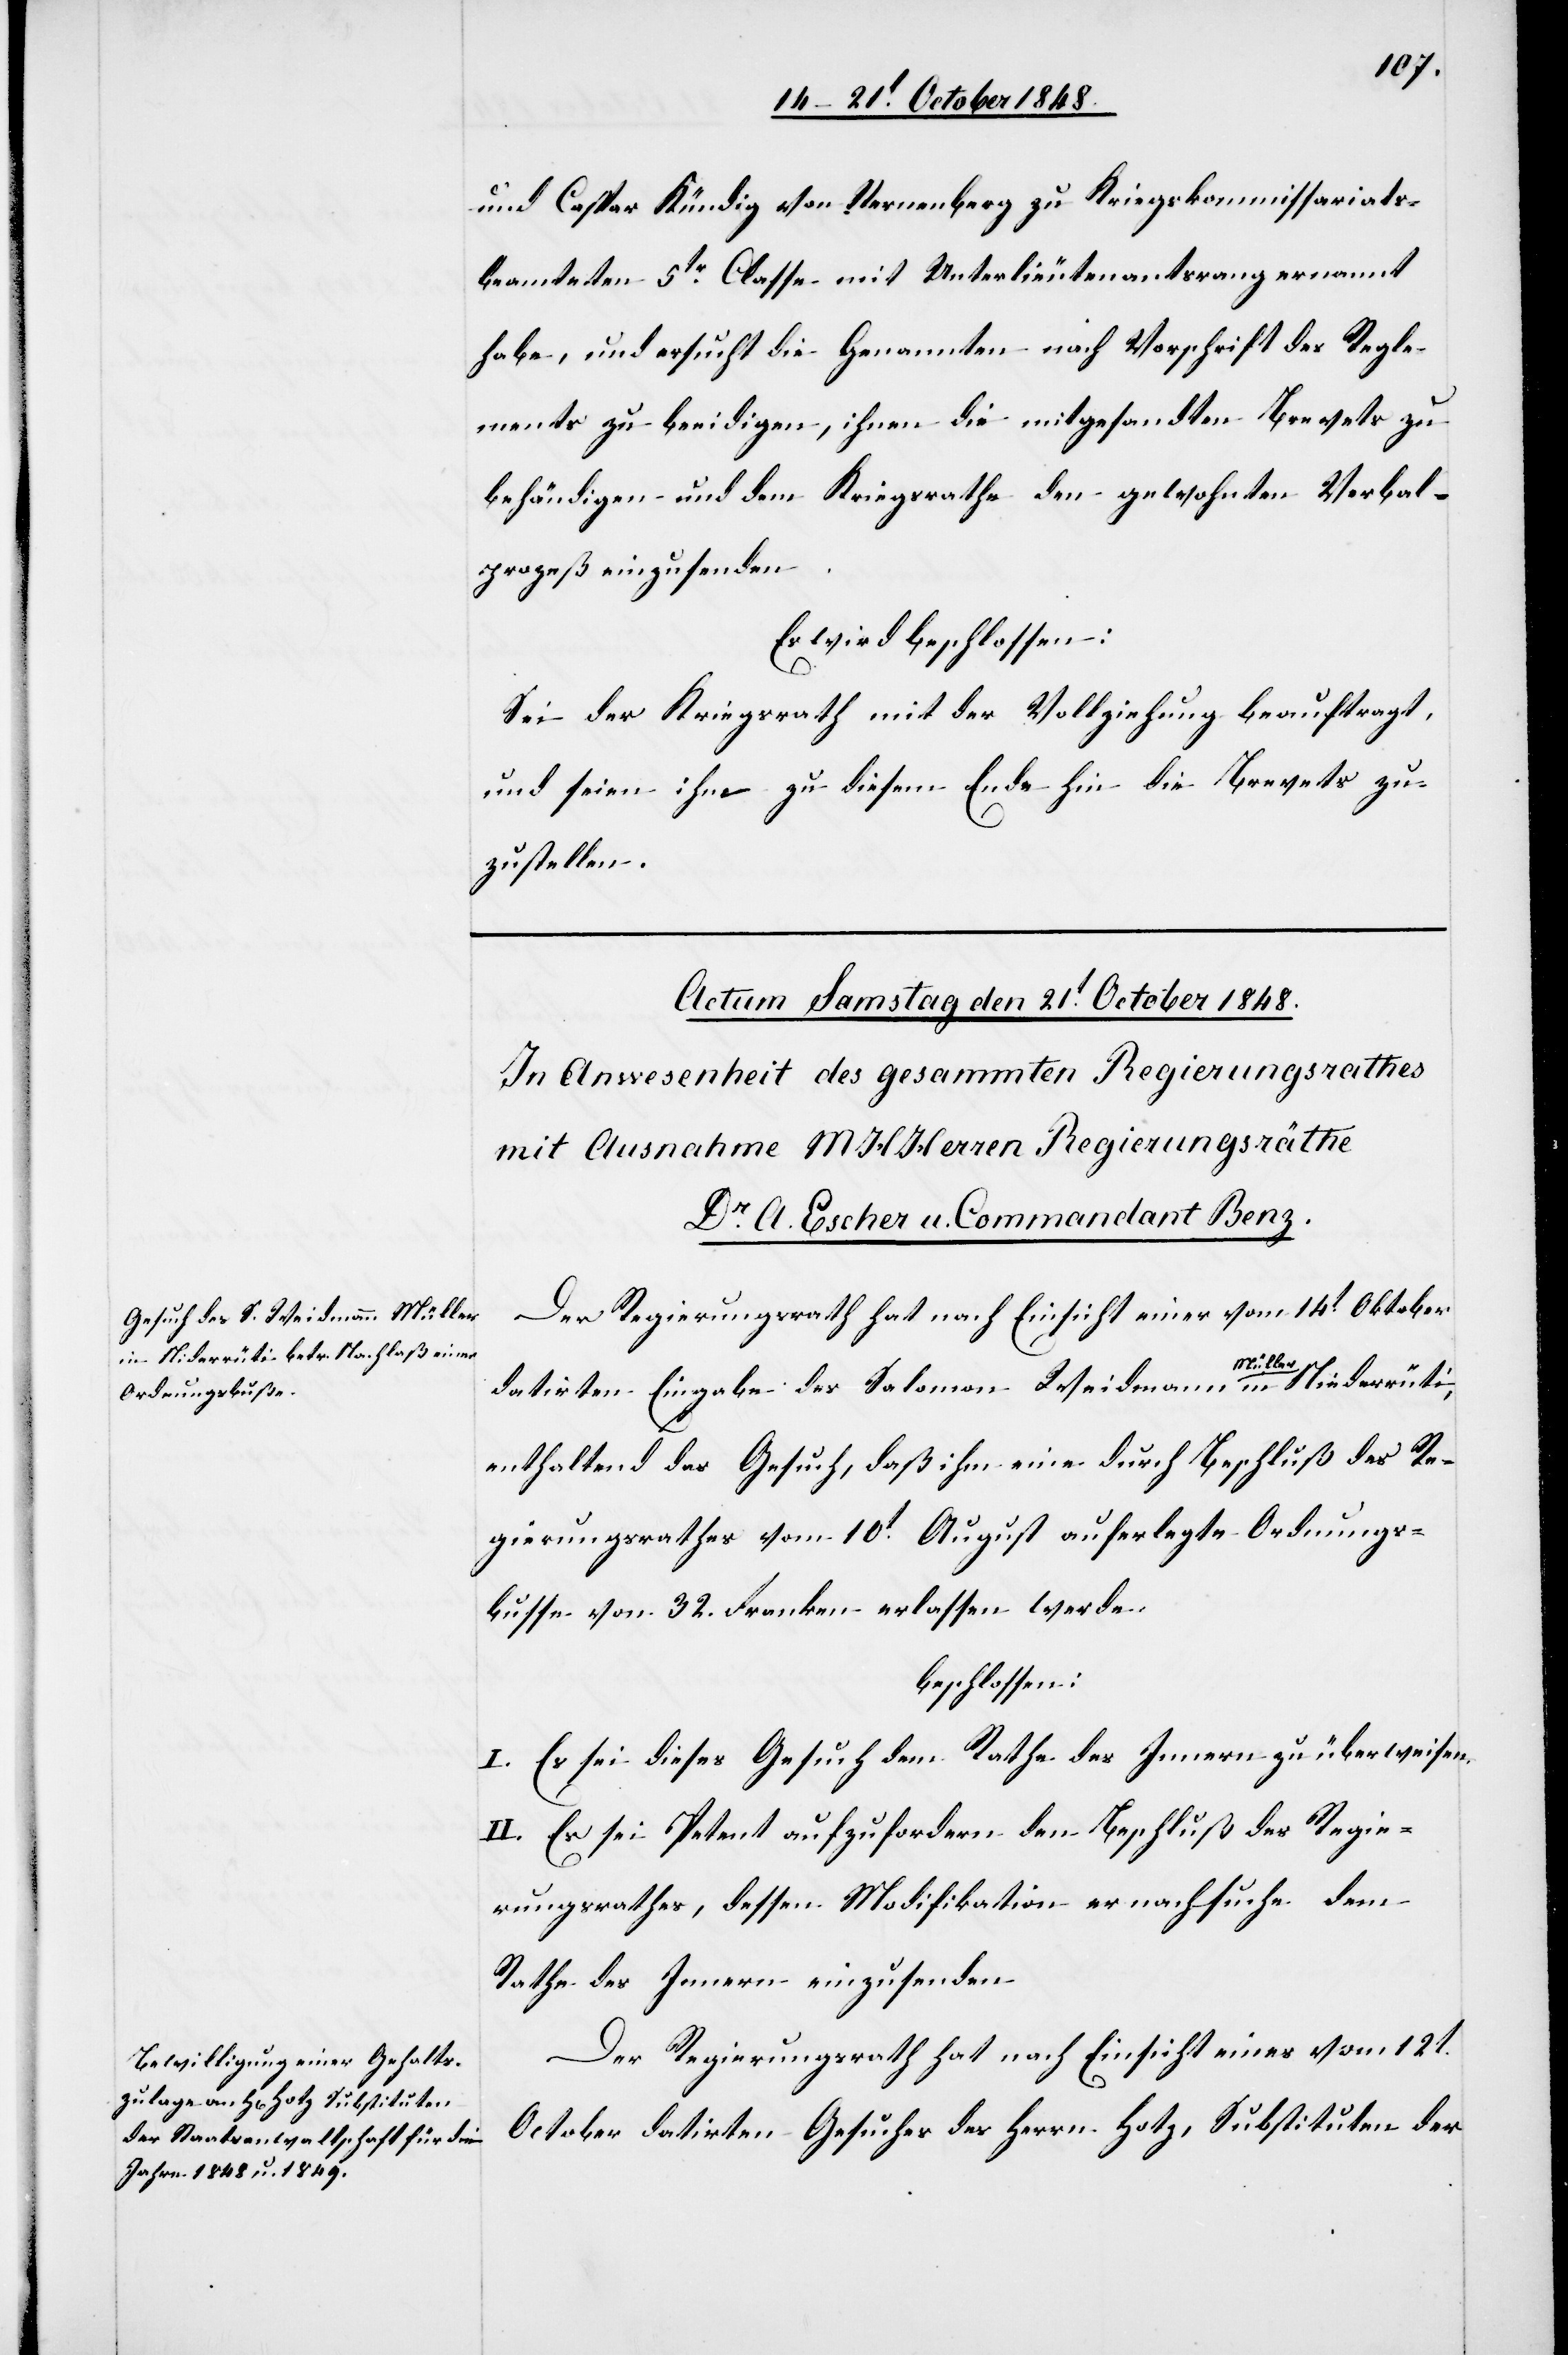
und Caspar Kündig von Sternenberg zu Kriegskommissariats¬
beamteten 5tr Classe mit Unterlieutenantsrang ernannt
habe, und ersucht die Genannten nach Vorschrift des Regle¬
ments zu beeidigen, ihnen die mitgesandten Brevets zu
behändigen und dem Kriegsrathe den gewohnten Verbal¬
prozeß einzusenden.
Es wird beschlossen:
Sei der Kriegsrath mit der Vollziehung beauftragt,
und seien ihm zu diesem Ende hin die Brevets zu¬
zustellen.
Der Regierungsrath hat nach Einsicht einer vom 14t Oktober
datirten Eingabe des Salomon Weidmann Müller in Niederrüti,
enthaltend das Gesuch, daß ihm eine durch Beschluß des Re¬
gierungsrathes vom 10t August auferlegte Ordnungs¬
busse von 32. Franken erlassen werde
beschlossen:
I. Es sei dieses Gesuch dem Rathe des Innern zu überweisen.
II. Es sei Petent aufzufordern den Beschluß des Regie¬
rungsrathes, dessen Modifikation er nachsuche dem
Rathe des Innern einzusenden.
Der Regierungsrath hat nach Einsicht eines vom 12t.
October datirten Gesuches des Herrn Hotz, Substituten der